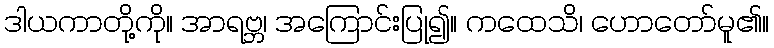
ဒါယကာတို့ကို။ အာရဗ္ဘ၊ အကြောင်းပြု၍။ ကထေသိ၊ ဟောတော်မူ၏။